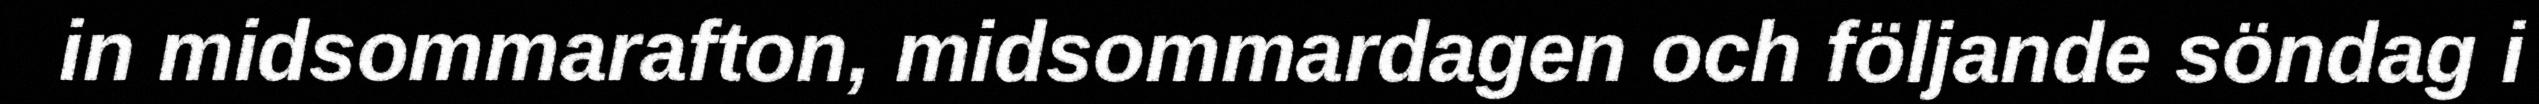
in midsommarafton, midsommardagen och följande söndag i